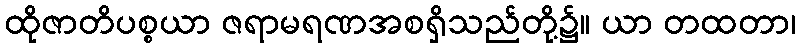
ထိုဇာတိပစ္စယာ ဇရာမရဏအစရှိသည်တို့၌။ ယာ တထတာ၊